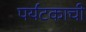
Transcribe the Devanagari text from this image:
पर्यटकाची